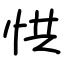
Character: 㤨